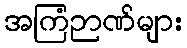
အကြံဉာဏ်များ